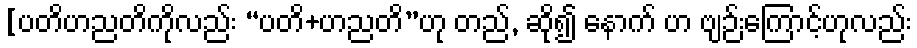
[ပတိဟညတိကိုလည်း “ပတိ+ဟညတိ”ဟု တည်, ဆို၍ နောက် ဟ ဗျဉ်းကြောင့်ဟုလည်း